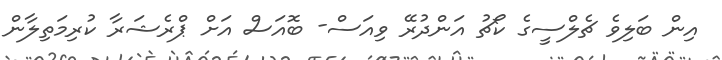
އިން ބަލިވެ ޗެލްސީގެ ކޯޗު އަންދުރޭ ވިއަސް- ބޮއަސް އަށް ޕްރެޝަރާ ކުރިމަތިލާން